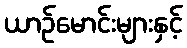
ယာဉ်မောင်းများနှင့်